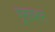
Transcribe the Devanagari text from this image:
पूसवरून